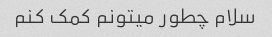
سلام چطور میتونم کمک کنم